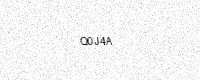
Text: Q0J4A